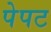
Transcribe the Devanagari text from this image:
पेपट